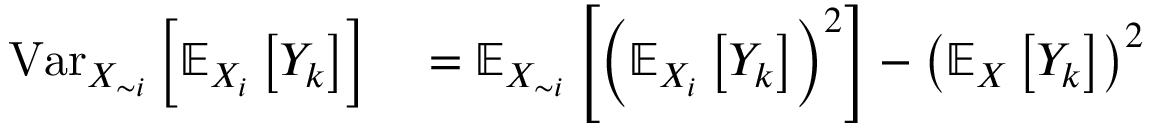
\begin{array} { r l } { \operatorname { V a r } _ { X _ { \sim i } } \left[ \mathbb { E } _ { X _ { i } } \left[ Y _ { k } \right] \right] } & { { } = \mathbb { E } _ { X _ { \sim i } } \left[ \left( \mathbb { E } _ { X _ { i } } \left[ Y _ { k } \right] \right) ^ { 2 } \right] - \left( \mathbb { E } _ { X } \left[ Y _ { k } \right] \right) ^ { 2 } } \end{array}